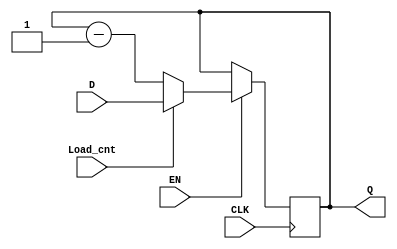
`timescale 1ns / 1ps
//////////////////////////////////////////////////////////////////////////////////
// Company: 
// Engineer: 
// 
// Design Name: 
// Module Name: Counter
// Project Name: 
// Target Devices: 
// Tool Versions: 
// Description: 
// 
// Dependencies: 
// 
// Revision:
// Revision 0.01 - File Created
// Additional Comments:
// 
//////////////////////////////////////////////////////////////////////////////////


module Counter #(parameter Data_Width = 4)(
    input [Data_Width - 1:0]D,
    input Load_cnt,
    input EN,
    input CLK,
    output reg [Data_Width - 1:0]Q
    );
    always @ (posedge CLK)
    begin
        if(EN)
        begin
            if(Load_cnt)
                Q <= D;
            else
            begin
                Q <= Q - 1'b1;
            end
        end
    end
endmodule